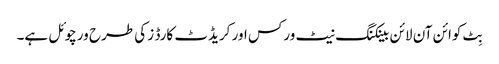
بِٹ کوائن آن لائن بینکنگ نیٹ ورکس اور کریڈٹ کارڈ ز کی طرح ورچوئل ہے۔